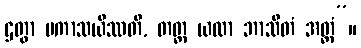
ဌတွာ ပကာသယိဿတိ, တတ္ထ ယထာ ဘာသိတံ အတ္ထံ”။